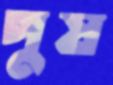
পুষ